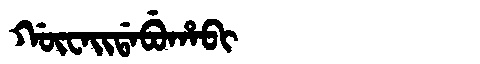
Manchu: ᡤᡡᠸᠠᡳᡩᠠᠪᡠᡥᠠᠪᡳ
Romanization: GŪWAIDABUHABI